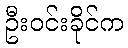
ဦးဝင်းခိုင်က